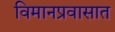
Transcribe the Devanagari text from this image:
विमानप्रवासात